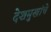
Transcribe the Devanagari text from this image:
देशमुखांचे